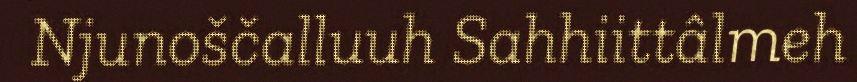
Njunoščalluuh Sahhiittâlmeh